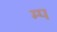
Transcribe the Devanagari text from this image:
म्प